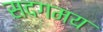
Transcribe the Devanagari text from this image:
सदगमय